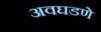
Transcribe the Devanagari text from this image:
अवघडणे